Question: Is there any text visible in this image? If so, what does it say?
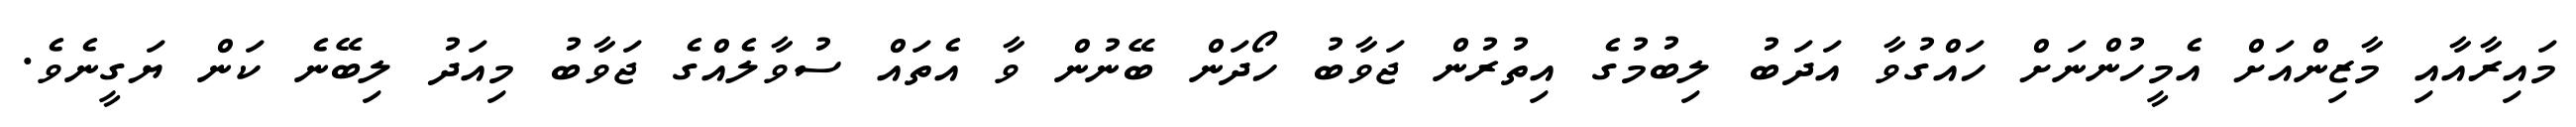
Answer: މައިރާއާއި މާޒިންއަށް އެމީހުންނަށް ހައްގުވާ އަދަބު ލިބުމުގެ އިތުރުން ޖަވާބު ހޯދަން ބޭނުން ވާ އެތައް ސުވާލެއްގެ ޖަވާބު މިއަދު ލިބޭނެ ކަން ޔަގީނެވެ.